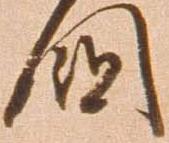
国